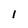
Character: l